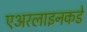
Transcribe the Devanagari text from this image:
एअरलाइनकडे